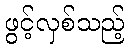
ဖွင့်လှစ်သည့်